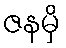
ဇနမှိ